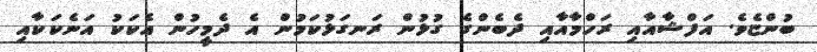
ބުންޏެވެ. އަފްޝާއާއި ރަހްމާއާއި ދެބެންގެ ގުޅުން ރަނގަޅުކަމުން އެ ދެމީހުން އެކަކު އަނެކަކާއި